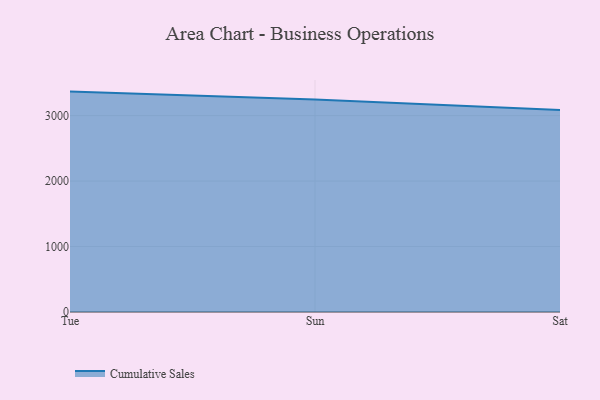
{"axis": {"x": "Day", "y": "Demand Index"}, "legend": ["Cumulative Sales"], "data": [{"x": "Tue", "y": 3366.7, "type": "Cumulative Sales"}, {"x": "Sun", "y": 3246.6, "type": "Cumulative Sales"}, {"x": "Sat", "y": 3086.0, "type": "Cumulative Sales"}]}